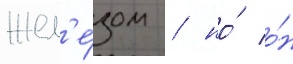
жел'е́зом / но́ о́н